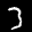
Label: 3